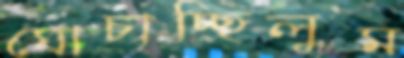
ঘোচাচ্ছিলুম